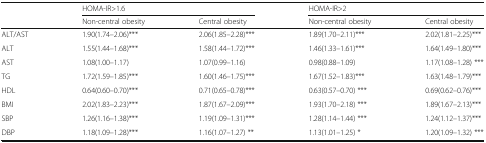
<table><thead><tr><td>[EMPTY_CELL]</td><td colspan="2"><b>HOMA-IR&gt;1.6</b></td><td colspan="2"><b>HOMA-IR&gt;2</b></td></tr><tr><td>[EMPTY_CELL]</td><td><b>Non-central obesity</b></td><td><b>Central obesity</b></td><td><b>Non-central obesity</b></td><td><b>Central obesity</b></td></tr></thead><tbody><tr><td>ALT/AST</td><td>1.90(1.74–2.06)***</td><td>2.06(1.85–2.28)***</td><td>1.89(1.70–2.11)***</td><td>2.02(1.81–2.25)***</td></tr><tr><td>ALT</td><td>1.55(1.44–1.68)***</td><td>1.58(1.44–1.72)***</td><td>1.46(1.33–1.61)***</td><td>1.64(1.49–1.80)***</td></tr><tr><td>AST</td><td>1.08(1.00–1.17)</td><td>1.07(0.99–1.16)</td><td>0.98(0.88–1.09)</td><td>1.17(1.08–1.28) ***</td></tr><tr><td>TG</td><td>1.72(1.59–1.85)***</td><td>1.60(1.46–1.75)***</td><td>1.67(1.52–1.83)***</td><td>1.63(1.48–1.79)***</td></tr><tr><td>HDL</td><td>0.64(0.60–0.70)***</td><td>0.71(0.65–0.78)***</td><td>0.63(0.57–0.70) ***</td><td>0.69(0.62–0.76)***</td></tr><tr><td>BMI</td><td>2.02(1.83–2.23)***</td><td>1.87(1.67–2.09)***</td><td>1.93(1.70–2.18) ***</td><td>1.89(1.67–2.13)***</td></tr><tr><td>SBP</td><td>1.26(1.16–1.38)***</td><td>1.19(1.09–1.31)***</td><td>1.28(1.14–1.44) ***</td><td>1.24(1.12–1.37)***</td></tr><tr><td>DBP</td><td>1.18(1.09–1.28)***</td><td>1.16(1.07–1.27) **</td><td>1.13(1.01–1.25) *</td><td>1.20(1.09–1.32) ***</td></tr></tbody></table>